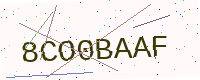
Text: 8CO0BAAF